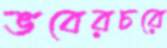
ভবেরচরে